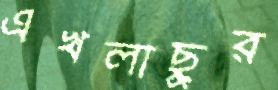
এখলাছুর